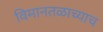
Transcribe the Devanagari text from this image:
विमानतळाच्याच